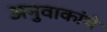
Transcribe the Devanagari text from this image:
अनुवाकांचे